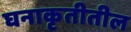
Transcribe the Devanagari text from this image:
घनाकृतीतील